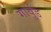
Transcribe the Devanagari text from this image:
गार्वुड